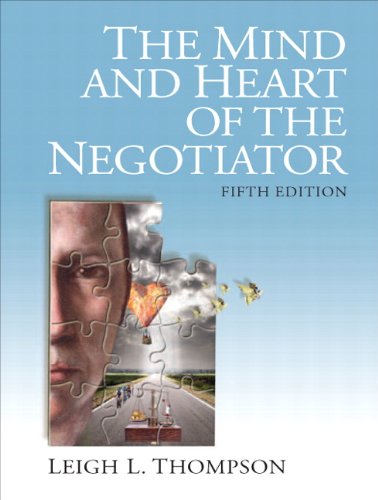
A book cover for The Mind and Heart of the Negotiator (5th Edition); Leigh Thompson; Business & Money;